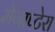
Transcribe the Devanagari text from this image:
मेगाप्टेरा